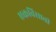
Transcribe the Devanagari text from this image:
एकविसावी